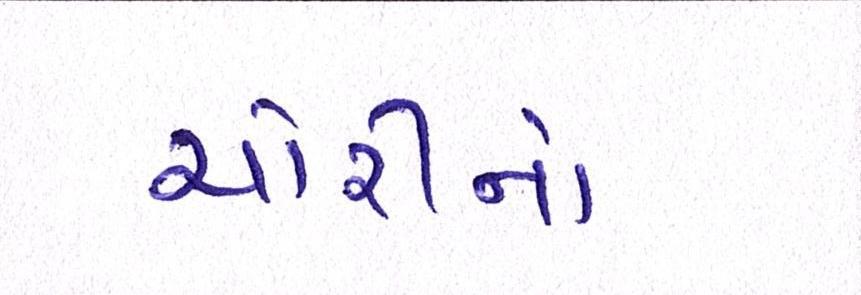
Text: ચોરીનો